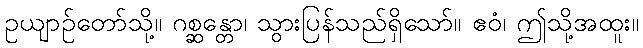
ဥယျာဉ်တော်သို့။ ဂစ္ဆန္တော၊ သွားပြန်သည်ရှိသော်။ ဧဝံ၊ ဤသို့အထူး။